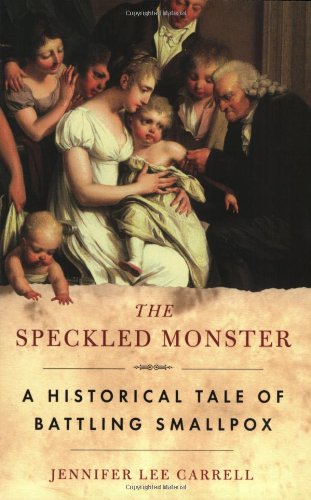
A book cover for The Speckled Monster: a Historical Tale of Battling Smallpox; Jennifer Lee Carrell; Medical Books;